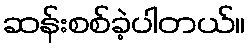
ဆန်းစစ်ခဲ့ပါတယ်။